Lunatic asylums Central Provinces reports 1910-1926 - 1910-1926
Year: 1910
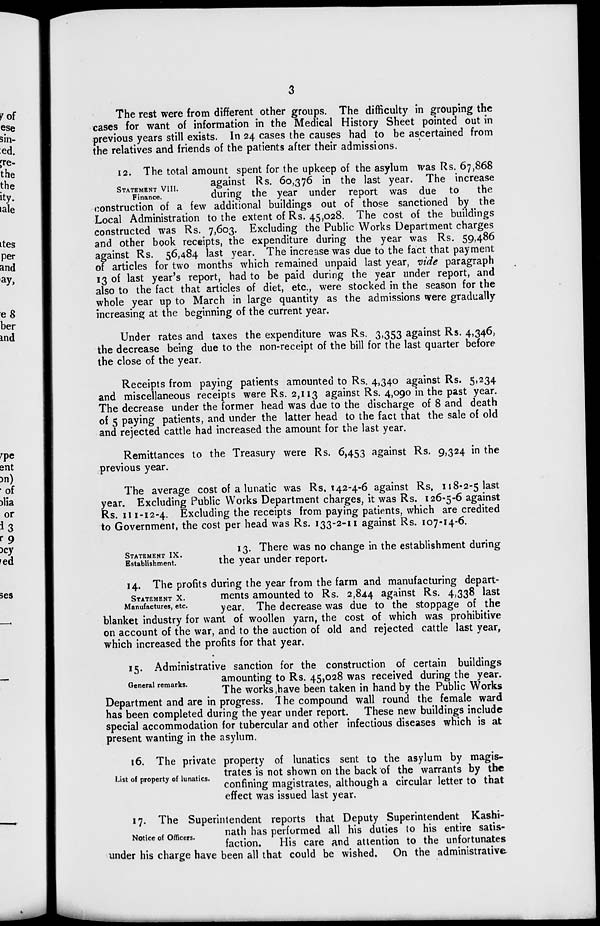
3
The rest were from different other groups. The difficulty in grouping the
cases for want of information in the Medical History Sheet pointed out in
previous years still exists. In 24 cases the causes had to be ascertained from
the relatives and friends of the patients after their admissions.
STATEMENT VIII.
Finance.
12. The total amount spent for the upkeep of the asylum was Rs. 67,868
against Rs. 60,376 in the last year. The increase
during the year under report was due to
the
construction of a few additional buildings out of those sanctioned by the
Local Administration to the extent of Rs. 45,028. The cost of the buildings
constructed was Rs. 7,603. Excluding the Public Works Department charges
and other book receipts, the expenditure during the year was Rs. 59,486
against Rs. 56,484 last year. The increase was due to the fact that payment
of articles for two months which remained unpaid last year, vide paragraph
13 of last year's report, had to be paid during the year under report, and
also to the fact that articles of diet, etc., were stocked in the season for the
whole year up to March in large quantity as the admissions were gradually
increasing at the beginning of the current year.
Under rates and taxes the expenditure was Rs. 3,353 against Rs. 4,346,
the decrease being due to the non-receipt of the bill for the last quarter before
the close of the year.
Receipts from paying patients amounted to Rs. 4,340 against Rs. 5,234
and miscellaneous receipts were Rs. 2,113 against Rs. 4,090 in the past year.
The decrease under the former head was due to the discharge of 8 and death
of 5 paying patients, and under the latter head to the fact that the sale of old
and rejected cattle had increased the amount for the last year.
Remittances to the Treasury were Rs. 6,453 against Rs. 9,324 in the
previous year.
The average cost of a lunatic was Rs. 142-4-6 against Rs. 118-2-5 last
year. Excluding Public Works Department charges, it was Rs. 126-5-6 against
Rs. 111-12-4. Excluding the receipts from paying patients, which are credited
to Government, the cost per head was Rs. 133-2-11 against Rs. 107-14-6.
STATEMENT IX.
Establishment.
13. There was no change in the establishment during
the year under report.
STATEMENT X.
Manufactures, etc.
14. The profits during the year from the farm and manufacturing depart-
ments amounted to Rs. 2,844 against Rs. 4,338 last
year. The decrease was due to the stoppage of the
blanket industry for want of woollen yarn, the cost of which was prohibitive
on account of the war, and to the auction of old and rejected cattle last year,
which increased the profits for that year.
General remarks.
15. Administrative sanction for the construction of certain buildings
amounting to Rs. 45,028 was received during the year.
The works, have been taken in hand by the Public Works
Department and are in progress. The compound wall round the female ward
has been completed during the year under report. These new buildings include
special accommodation for tubercular and other infectious diseases which is at
present wanting in the asylum.
List of property of lunatics.
16. The private property of lunatics sent to the asylum by magis-
trates is not shown on the back of the warrants by the
confining magistrates, although a circular letter to that
effect was issued last year.
Notice of Officers.
17. The Superintendent reports that Deputy Superintendent Kashi-
nath has performed all his duties to his entire satis-
faction.
His care and attention to the unfortunates
under his charge have been all that could be wished. On the administrative